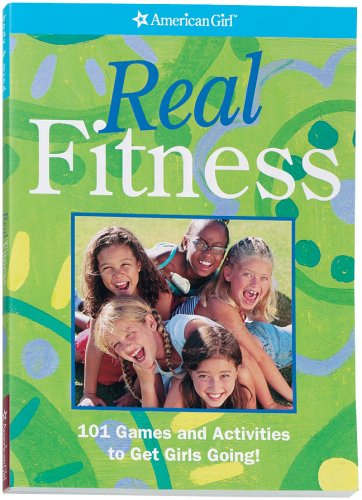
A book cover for Real Fitness: 100 Games to Get Girls Going! (American Girl (Quality)); American Girl; Teen & Young Adult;